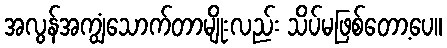
အလွန်အကျွံသောက်တာမျိုးလည်း သိပ်မဖြစ်တော့ပေ။